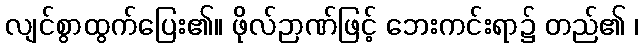
လျင်စွာထွက်ပြေး၏။ ဖိုလ်ဉာဏ်ဖြင့် ဘေးကင်းရာ၌ တည်၏ ၊